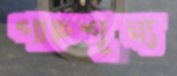
গাছশূন্য